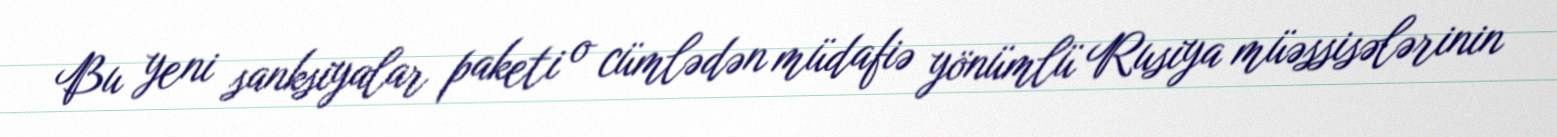
Bu yeni sanksiyalar paketi o cümlədən müdafiə yönümlü Rusiya müəssisələrinin